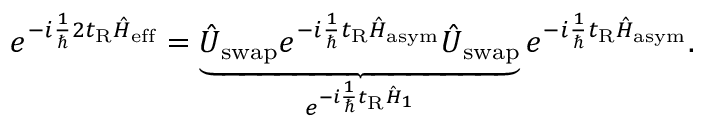
e ^ { - i \frac { 1 } { \hbar } 2 t _ { \mathrm { R } } \hat { H } _ { \mathrm { e f f } } } = \underbrace { \hat { U } _ { \mathrm { s w a p } } e ^ { - i \frac { 1 } { \hbar } t _ { \mathrm { R } } \hat { H } _ { \mathrm { a s y m } } } \hat { U } _ { \mathrm { s w a p } } } _ { e ^ { - i \frac { 1 } { \hbar } t _ { \mathrm { R } } \hat { H } _ { 1 } } } e ^ { - i \frac { 1 } { \hbar } t _ { \mathrm { R } } \hat { H } _ { \mathrm { a s y m } } } .